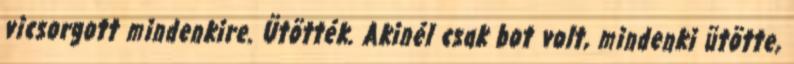
vicsorgott mindenkire. Ütötték. Akinél csak bot volt, mindenki ütötte,